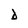
Character: D